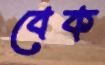
বেক